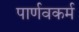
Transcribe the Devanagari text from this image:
पार्णवकर्म